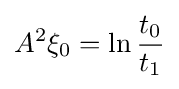
A^{2}\xi _{0}=\ln {\frac {t_{0}}{t_{1}}}